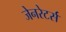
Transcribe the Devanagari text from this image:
जेनरेटर्स